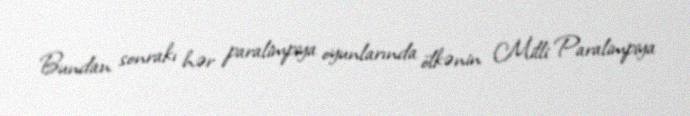
Bundan sonrakı hər paralimpiya oyunlarında ölkənin Milli Paralimpiya